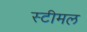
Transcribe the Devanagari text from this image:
स्टीमल